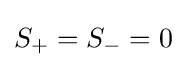
S_{+}=S_{-}=0